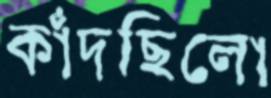
কাঁদছিলো